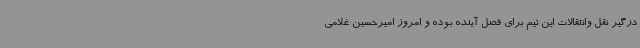
درگیر نقل وانتقالات این تیم برای فصل آینده بوده و امروز امیرحسین غلامی